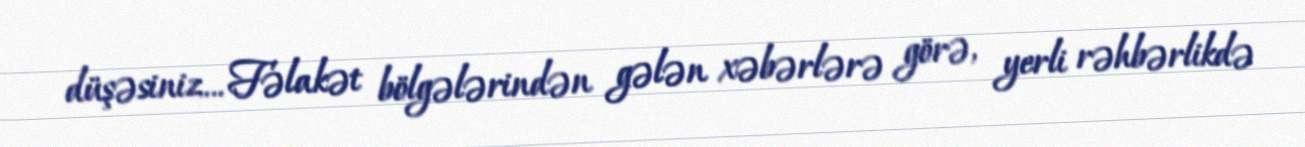
düşəsiniz... Fəlakət bölgələrindən gələn xəbərlərə görə, yerli rəhbərlikdə